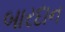
બારદાન